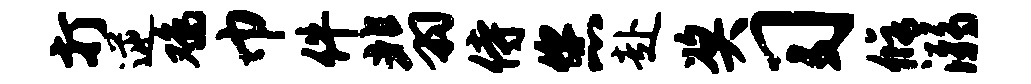
打逆鸡巾件翡侍您赴奖习修溺